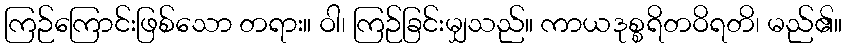
ကြဉ်ကြောင်းဖြစ်သော တရား။ ဝါ၊ ကြဉ်ခြင်းမျှသည်။ ကာယဒုစ္စရိတဝိရတိ၊ မည်၏။